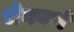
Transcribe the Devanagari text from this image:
जेनवर्थ